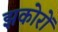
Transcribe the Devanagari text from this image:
झकोरों